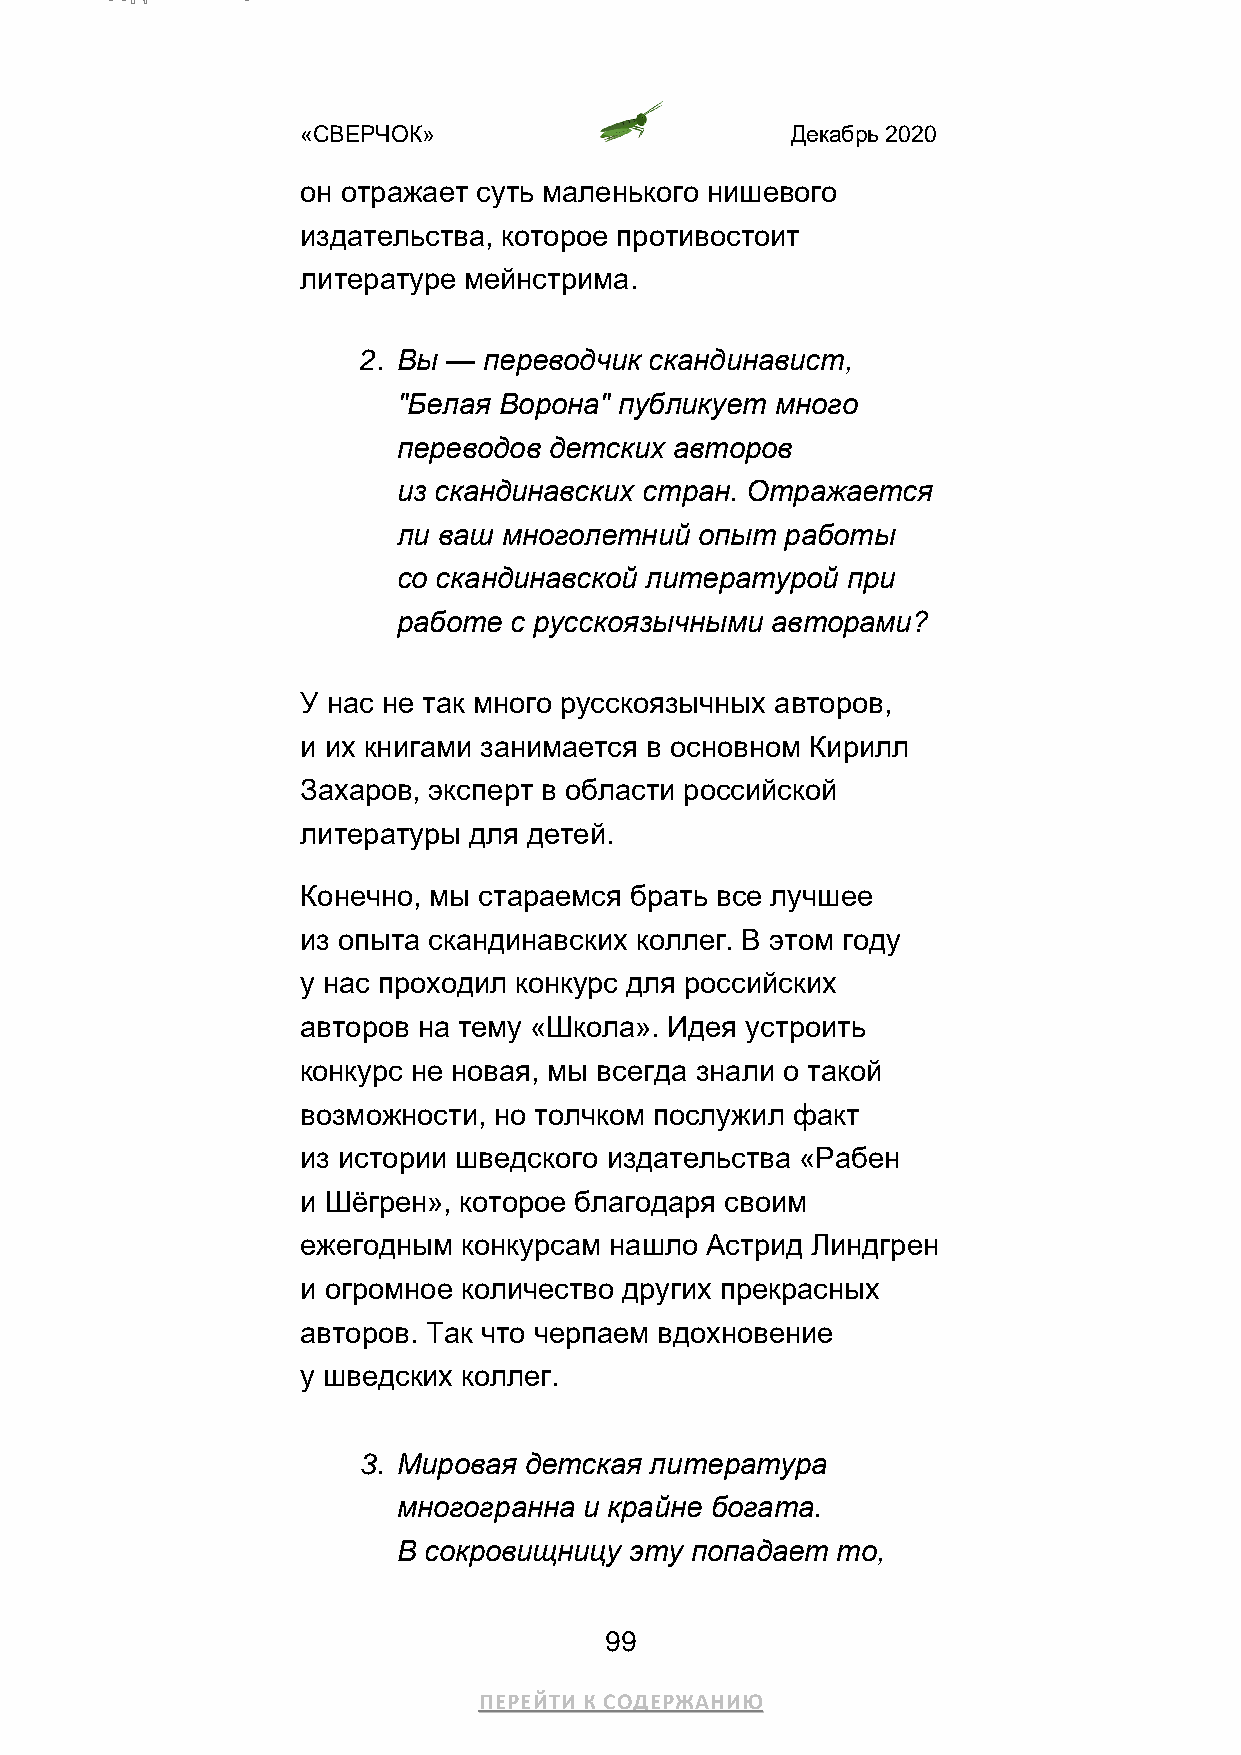
«СВЕРЧОК»                       Декабрь 2020
 он отражает суть маленького нишевого
 издательства, которое противостоит
 литературе мейнстрима.
 2. Вы — переводчик скандинавист,
 "Белая Ворона" публикует много
 переводов детских  авторов
 из скандинавских стран. Отражается
 ли ваш многолетний  опыт  работы
 со скандинавской литературой  при
 работе  с русскоязычными авторами?
 У нас не так много русскоязычных авторов,
 и их книгами занимается в основном Кирилл
 Захаров, эксперт в области российской
 литературы для детей.
 Конечно, мы стараемся брать все лучшее
 из опыта скандинавских коллег. В этом году
 у нас проходил конкурс для российских
 авторов на тему «Школа». Идея устроить
 конкурс не новая, мы всегда знали о такой
 возможности, но толчком послужил факт
 из истории шведского издательства «Рабен
 и Шёгрен», которое благодаря своим
 ежегодным  конкурсам нашло Астрид Линдгрен
 и огромное количество других прекрасных
 авторов. Так что черпаем вдохновение
 у шведских коллег.
 3. Мировая детская литература
 многогранна  и крайне богата.
 В сокровищницу  эту попадает то,
 99
 ПЕРЕЙТИ К СОДЕРЖАНИЮ